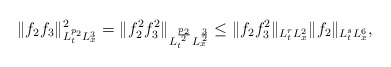
\begin{align*} \|f_2f_3\|_{L^{p_2}_tL^3_x}^2 = \|f_2^2f_3^2\|_{L^{\frac{p_2}{2}}_t L^{\frac32}_x} \leq \|f_2f_3^2\|_{L^r_tL^2_x} \|f_2\|_{L^s_tL^6_x},\end{align*}